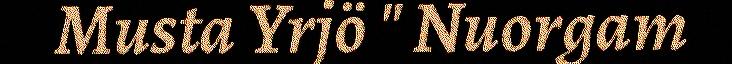
Musta Yrjö " Nuorgam